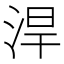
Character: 𣵡